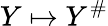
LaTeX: Y\mapsto Y^{\# }